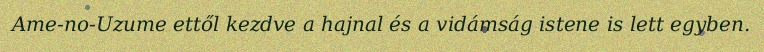
Ame-no-Uzume ettől kezdve a hajnal és a vidámság istene is lett egyben.